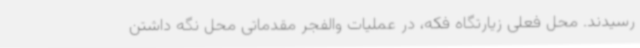
رسیدند. محل فعلی زیارتگاه فکه، در عملیات والفجر مقدماتی محل نگه داشتن